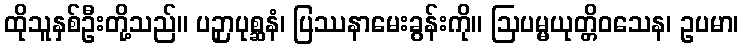
ထိုသူနှစ်ဦးတို့သည်။ ပဉှာပုစ္ဆနံ၊ ပြဿနာမေးခွန်းကို။ ဩပမ္မယုတ္တိဝသေန၊ ဥပမာ၊